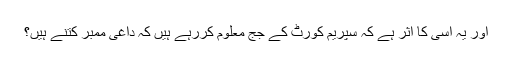
اور یہ اسی کا اثر ہے کہ سپریم کورٹ کے جج معلوم کررہے ہیں کہ داغی ممبر کتنے ہیں؟